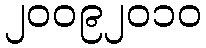
၂၀၀၉၂၀၁၀